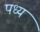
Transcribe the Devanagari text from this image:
पध्य